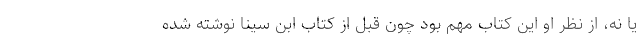
یا نه، از نظر او این کتاب مهم بود چون قبل از کتاب ابن سینا نوشته شده